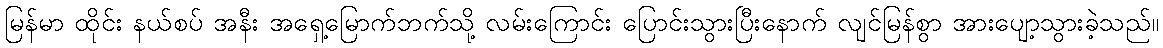
မြန်မာ ထိုင်း နယ်စပ် အနီး အရှေ့မြောက်ဘက်သို့ လမ်းကြောင်း ပြောင်းသွားပြီးနောက် လျင်မြန်စွာ အားပျော့သွားခဲ့သည်။